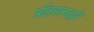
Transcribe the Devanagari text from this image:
प्रतिमानाद्वारे